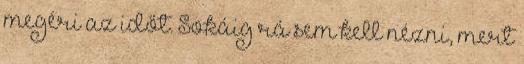
megéri az időt. Sokáig rá sem kell nézni, mert